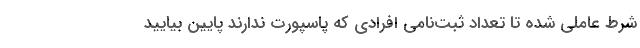
شرط عاملی شده تا تعداد ثبت‌نامی افرادی که پاسپورت ندارند پایین بیایید